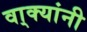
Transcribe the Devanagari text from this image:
वा्क्यांनी